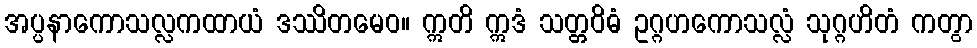
အပ္ပနာကောသလ္လကထာယံ ဒဿိတမေဝ။ ဣတိ ဣဒံ သတ္တဝိဓံ ဥဂ္ဂဟကောသလ္လံ သုဂ္ဂဟိတံ ကတွာ